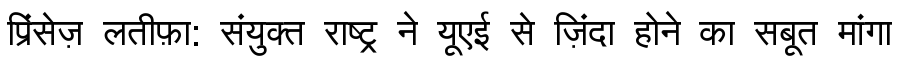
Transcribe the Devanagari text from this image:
प्रिंसेज़ लतीफ़ा: संयुक्त राष्ट्र ने यूएई से ज़िंदा होने का सबूत मांगा